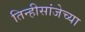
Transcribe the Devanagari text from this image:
तिन्हीसांजेच्या